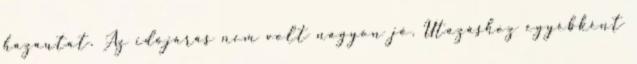
hazautat. Az időjárás nem volt nagyon jó. Utazáshoz egyébként